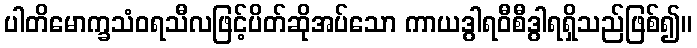
ပါတိမောက္ခသံဝရသီလဖြင့်ပိတ်ဆိုအပ်သော ကာယဒွါရဝီစီဒွါရရှိသည်ဖြစ်၍။